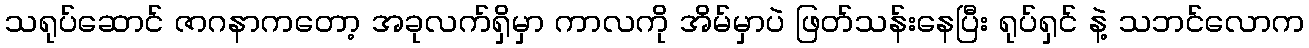
သရုပ်ဆောင် ဇာဂနာကတော့ အခုလက်ရှိမှာ ကာလကို အိမ်မှာပဲ ဖြတ်သန်းနေပြီး ရုပ်ရှင် နဲ့ သဘင်လောက